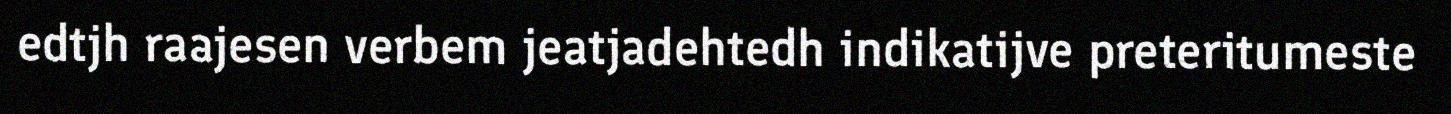
edtjh raajesen verbem jeatjadehtedh indikatijve preteritumeste